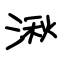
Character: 湫